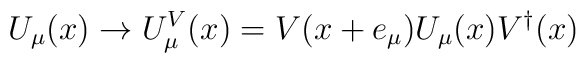
U_{\mu } (x) \rightarrow U_{\mu }^{V} (x) = V (x + e_{\mu } ) U_{\mu } (x) V^{\dagger } (x)